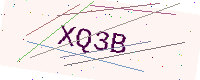
Text: XQ3B